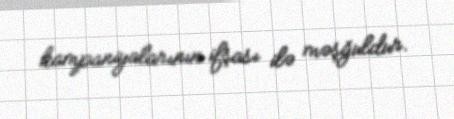
kampaniyalarının ifşası ilə məşğuldur.